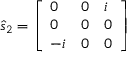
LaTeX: { \hat { s } } _ { 2 } = { \left[ \begin{array} { l l l } { 0 } & { 0 } & { i } \\ { 0 } & { 0 } & { 0 } \\ { - i } & { 0 } & { 0 } \end{array} \right] }